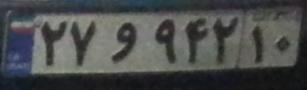
۲۷و۹۴۲۱۰